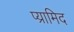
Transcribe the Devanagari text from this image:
प्य्रामिद